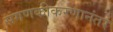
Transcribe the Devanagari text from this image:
संगणकीकरणानंतर